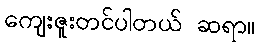
ကျေးဇူးတင်ပါတယ် ဆရာ။